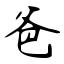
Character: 爸